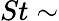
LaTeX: St\sim